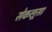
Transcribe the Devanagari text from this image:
सेकलूसा